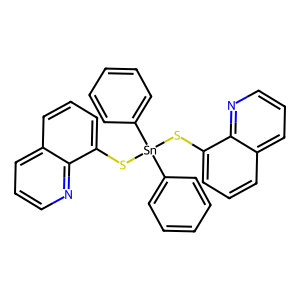
SMILES: c1ccc([Sn](Sc2cccc3cccnc23)(Sc2cccc3cccnc23)c2ccccc2)cc1
Inhibits HIV replication: No